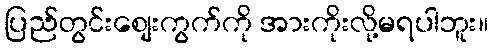
ပြည်တွင်းစျေးကွက်ကို အားကိုးလို့မရပါဘူး။